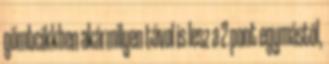
gömbcikkben akármilyen távol is lesz a 2 pont egymástól,